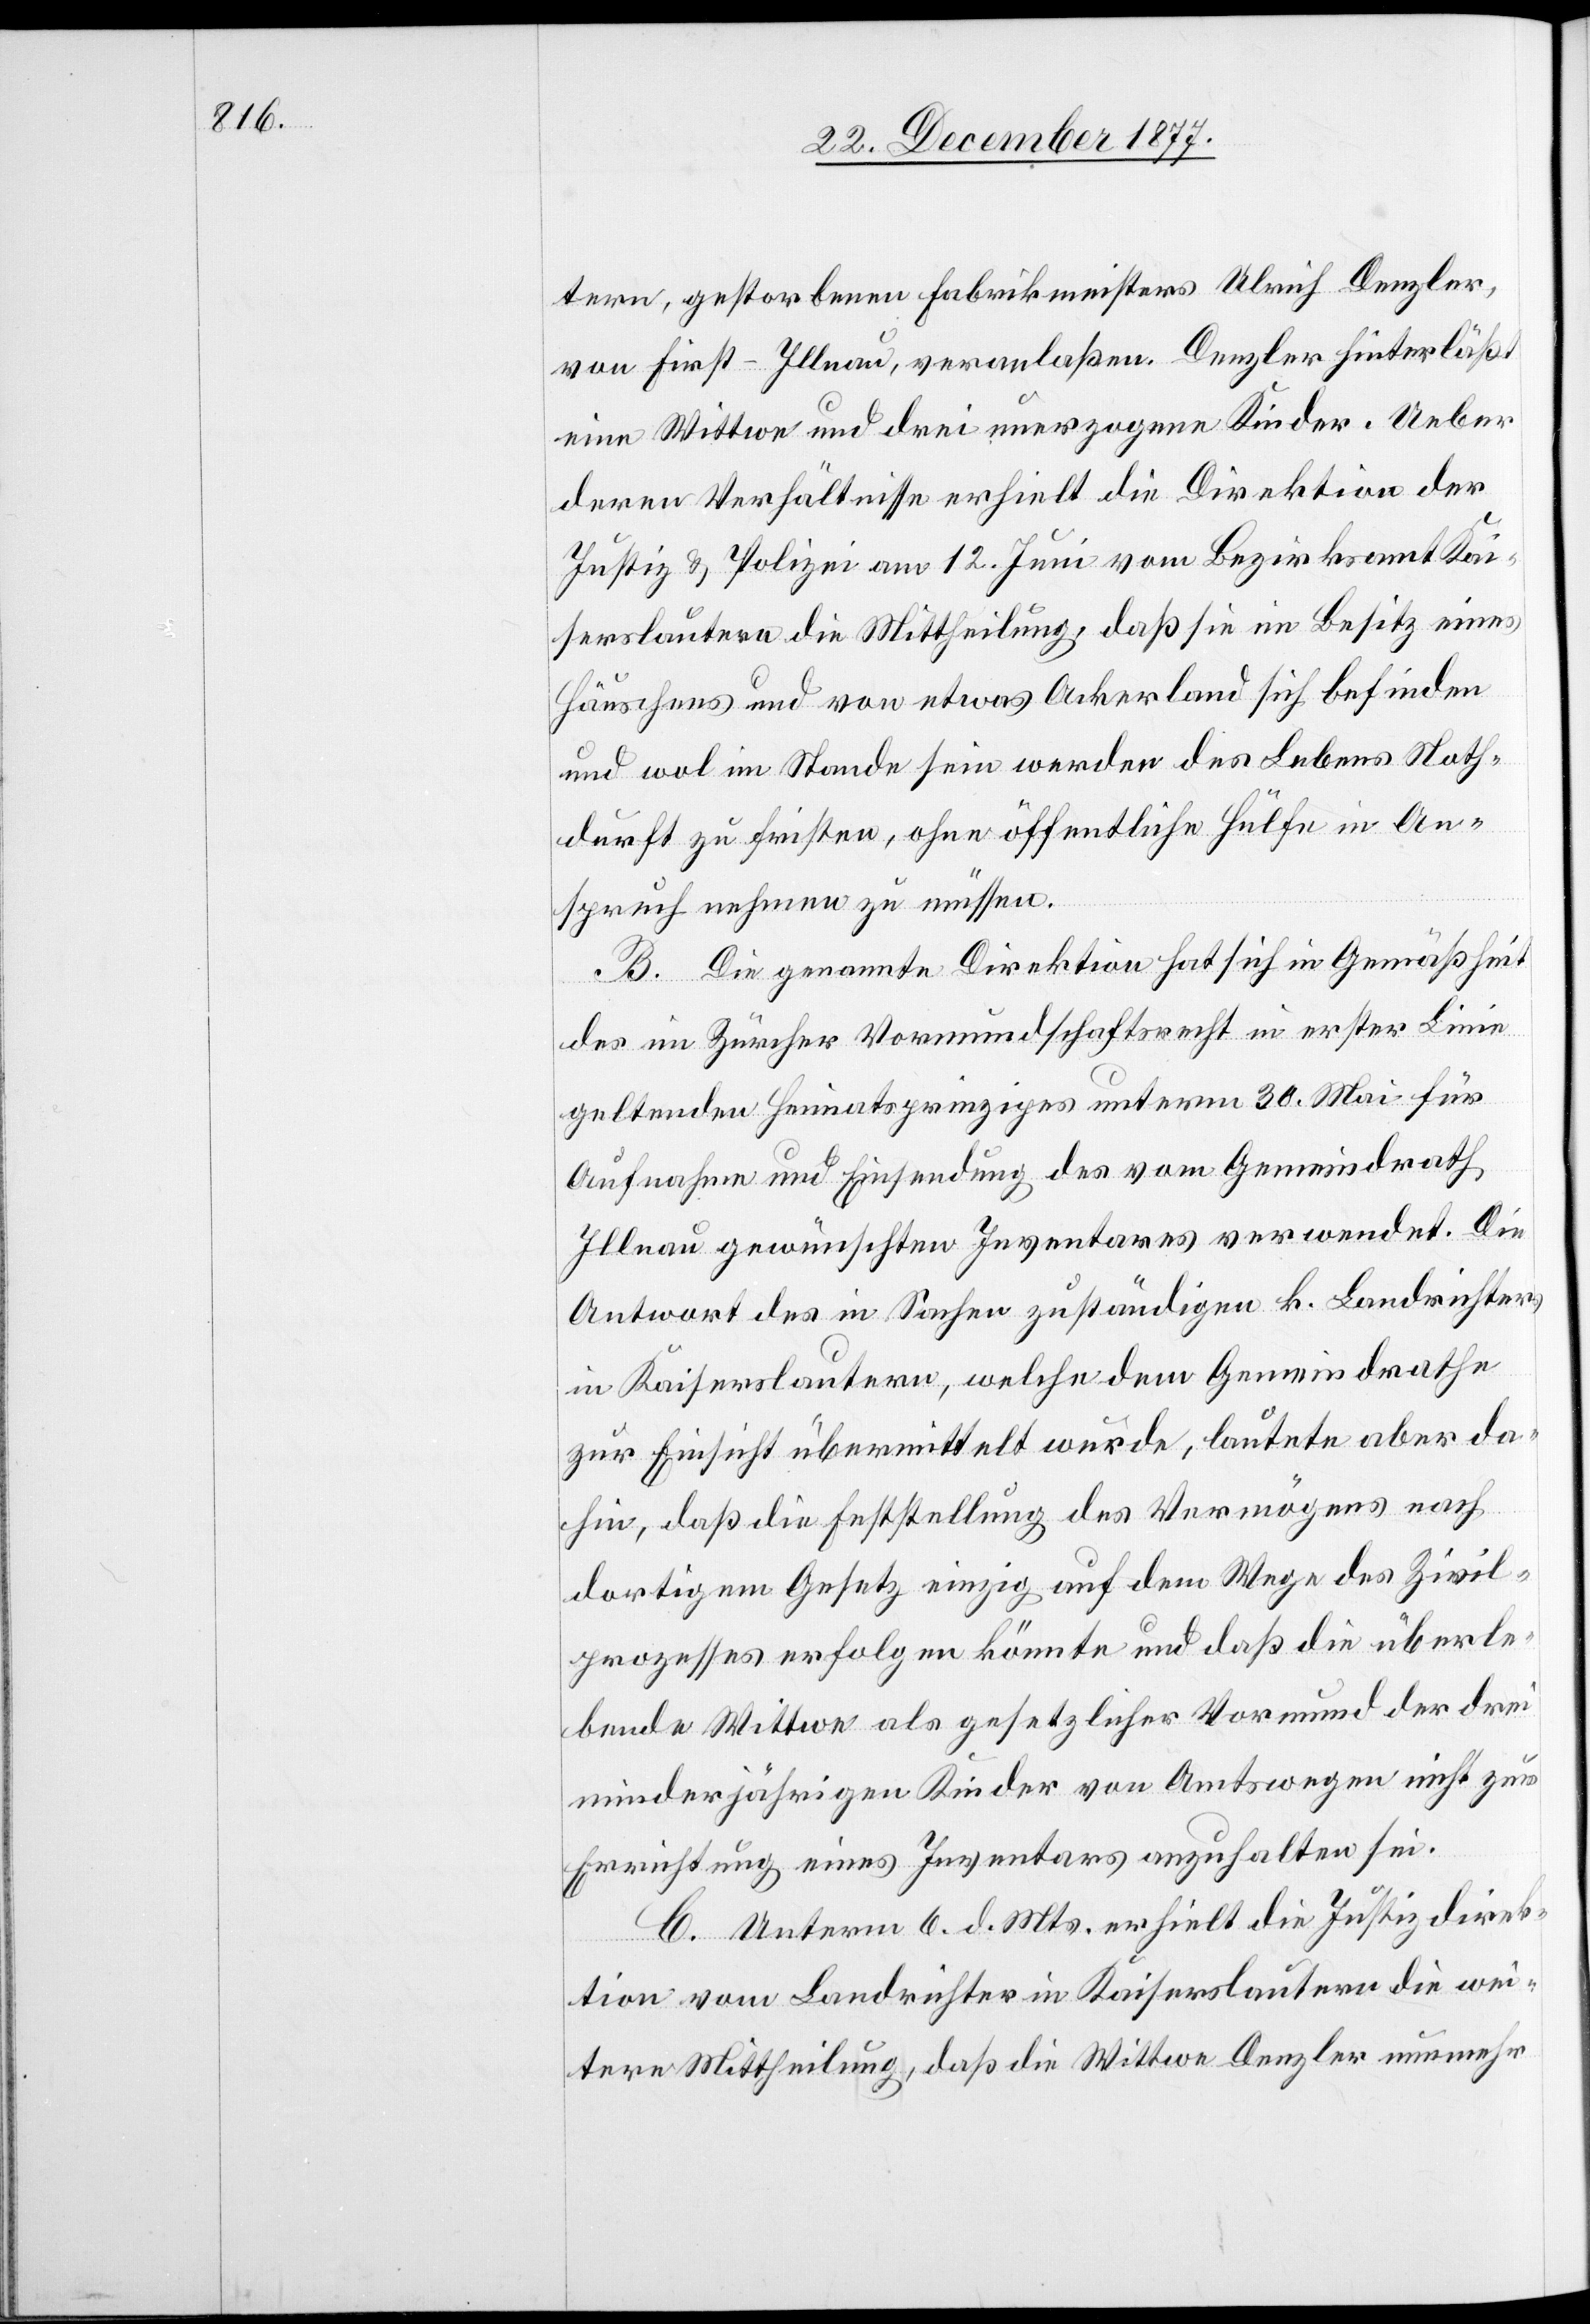
tern, gestorbenen Fabrikmeisters Ulrich Denzler,
von First - Illnau, veranlaßen. Denzler hinterläßt
eine Wittwe und drei unerzogene Kinder. Ueber
deren Verhältnisse erhielt die Direktion der
Justiz & Polizei am 12. Juni vom Bezirksamt Kai¬
serslautern die Mittheilung, daß sie im Besitz eines
Häuschens und von etwas Ackerland sich befinden
und wol im Stande sein werden des Lebens Noth¬
durft zu fristen, ohne öffentliche Hülfe in An¬
spruch nehmen zu müssen.
B. Die genannte Direktion hat sich in Gemäßheit
des im Zürcher Vormundschaftsrecht in erster Linie
geltenden Heimatsprinzipes unterm 30. Mai für
Aufnahme und Einsendung des vom Gemeindrath
Illnau gewünschten Inventares verwendet. Die
Antwort des in Sachen zuständigen k. Landrichters
in Kaiserslautern, welche dem Gemeindrathe
zur Einsicht übermittelt wurde, lautete aber da¬
hin, daß die Feststellung des Vermögens nach
dortigem Gesetz einzig auf dem Wege des Zivil¬
prozesses erfolgen könnte und daß die überle¬
bende Wittwe als gesetzlicher Vormund der drei
minderjährigen Kinder von Amtswegen nicht zur
Errichtung eines Inventars anzuhalten sei.
C. Unterm 6. d. Mts. erhielt die Justizdirek¬
tion vom Landrichter in Kaiserslautern die wei¬
tere Mittheilung, daß die Wittwe Denzler nunmehr